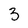
Character: 3